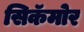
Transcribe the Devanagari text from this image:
सिकॅमोर